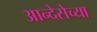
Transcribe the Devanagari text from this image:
आन्देसेच्या